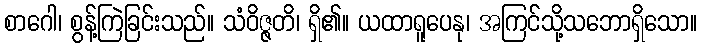
စာဂေါ၊ စွန့်ကြဲခြင်းသည်။ သံဝိဇ္ဇတိ၊ ရှိ၏။ ယထာရူပေနု၊ အကြင်သို့သဘောရှိသော။